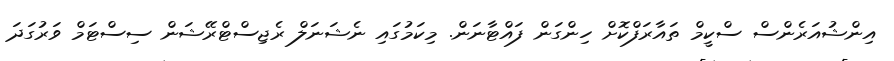
އިންޝުއަރެންސް ސްކީމް ތައާރަފްކޮށް ހިންގަން ފައްޓާނަން. މިކަމުގައި ނެޝަނަލް ރެޖިސްޓްރޭޝަން ސިސްޓަމް ވަރުގަދަ